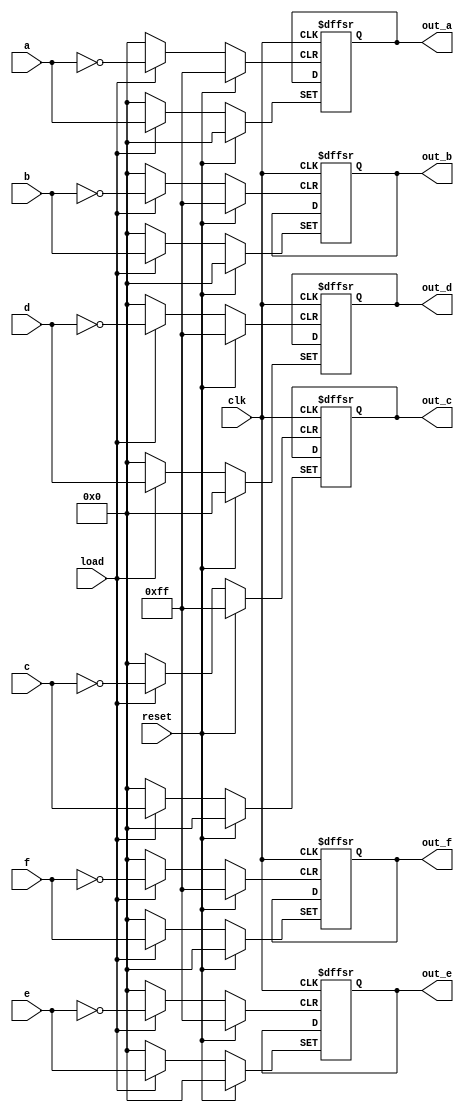
`timescale 1ns / 1ps

module registru(clk, reset, load, a, b, c, d, e, f, out_a, out_b, out_c, out_d, out_e, out_f);
input clk, reset, load;
input[7:0] a,b,c,d,e,f;
output reg[7:0] out_a, out_b, out_c, out_d, out_e, out_f;

always @(posedge clk, posedge reset, posedge load) begin
    if (reset) begin
        out_a <= 0;
        out_b <= 0;
        out_c <= 0;
        out_d <= 0;
        out_e <= 0;
        out_f <= 0;
    end
    else if (load) begin
        out_a <= a;
        out_b <= b;
        out_c <= c;
        out_d <= d;
        out_e <= e;
        out_f <= f;
    end
end
endmodule